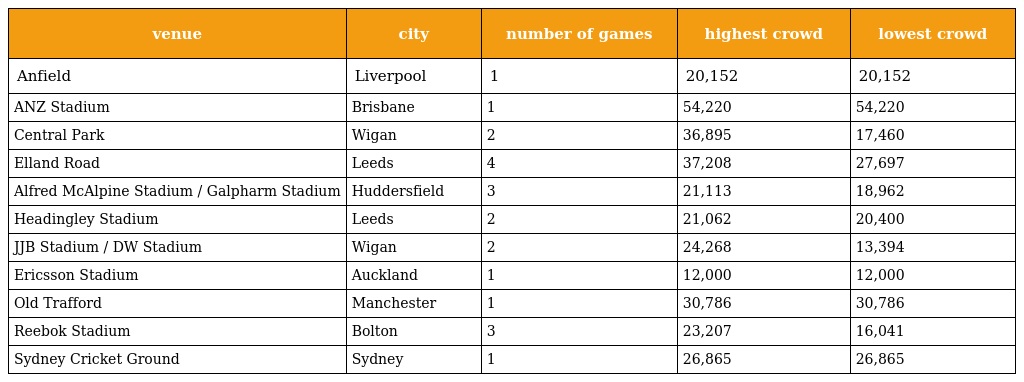
| venue | city | number of games | highest crowd | lowest crowd |
 | --- | --- | --- | --- | --- |
 | Anfield | Liverpool | 1 | 20,152 | 20,152 |
 | ANZ Stadium | Brisbane | 1 | 54,220 | 54,220 |
 | Central Park | Wigan | 2 | 36,895 | 17,460 |
 | Elland Road | Leeds | 4 | 37,208 | 27,697 |
 | Alfred McAlpine Stadium / Galpharm Stadium | Huddersfield | 3 | 21,113 | 18,962 |
 | Headingley Stadium | Leeds | 2 | 21,062 | 20,400 |
 | JJB Stadium / DW Stadium | Wigan | 2 | 24,268 | 13,394 |
 | Ericsson Stadium | Auckland | 1 | 12,000 | 12,000 |
 | Old Trafford | Manchester | 1 | 30,786 | 30,786 |
 | Reebok Stadium | Bolton | 3 | 23,207 | 16,041 |
 | Sydney Cricket Ground | Sydney | 1 | 26,865 | 26,865 |